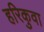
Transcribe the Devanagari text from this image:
हरिकुवा